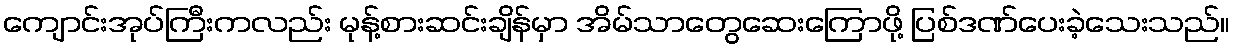
ကျောင်းအုပ်ကြီးကလည်း မုန့်စားဆင်းချိန်မှာ အိမ်သာတွေဆေးကြောဖို့ ပြစ်ဒဏ်ပေးခဲ့သေးသည်။